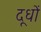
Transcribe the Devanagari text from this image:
दूधों